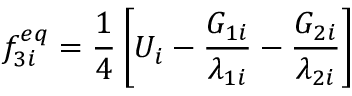
f _ { 3 i } ^ { e q } = \frac { 1 } { 4 } \left[ U _ { i } - \frac { G _ { 1 i } } { \lambda _ { 1 i } } - \frac { G _ { 2 i } } { \lambda _ { 2 i } } \right]